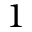
1